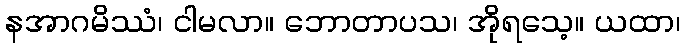
နအာဂမိဿံ၊ ငါမလာ။ ဘောတာပသ၊ အိုရသေ့။ ယထာ၊